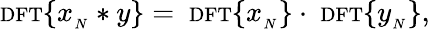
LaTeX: \scriptstyle\mathrm{{DFT}}\displaystyle\{ x_{_{N}}*y\} =\ \scriptstyle\mathrm{{DFT}}\displaystyle\{ x_{_{N}}\} \cdot\ \scriptstyle\mathrm{{DFT}}\displaystyle\{ y_{_{N}}\} ,